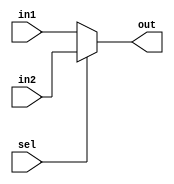
`timescale 1ns / 1ps

module mux(sel, in1, in2, out);

//set width to 32 by default
parameter WIDTH = 32;

input sel;
input[WIDTH-1:0] in1;
input[WIDTH-1:0] in2;
output[WIDTH-1:0] out;

assign out = sel ? in2:in1; //select in1 if sel==0, in2 otherwise

endmodule